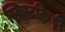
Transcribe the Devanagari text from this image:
स्क्रिप्टकिड्डी